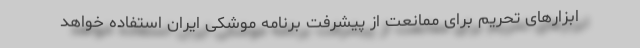
ابزار‌های تحریم برای ممانعت از پیشرفت برنامه موشکی ایران استفاده خواهد